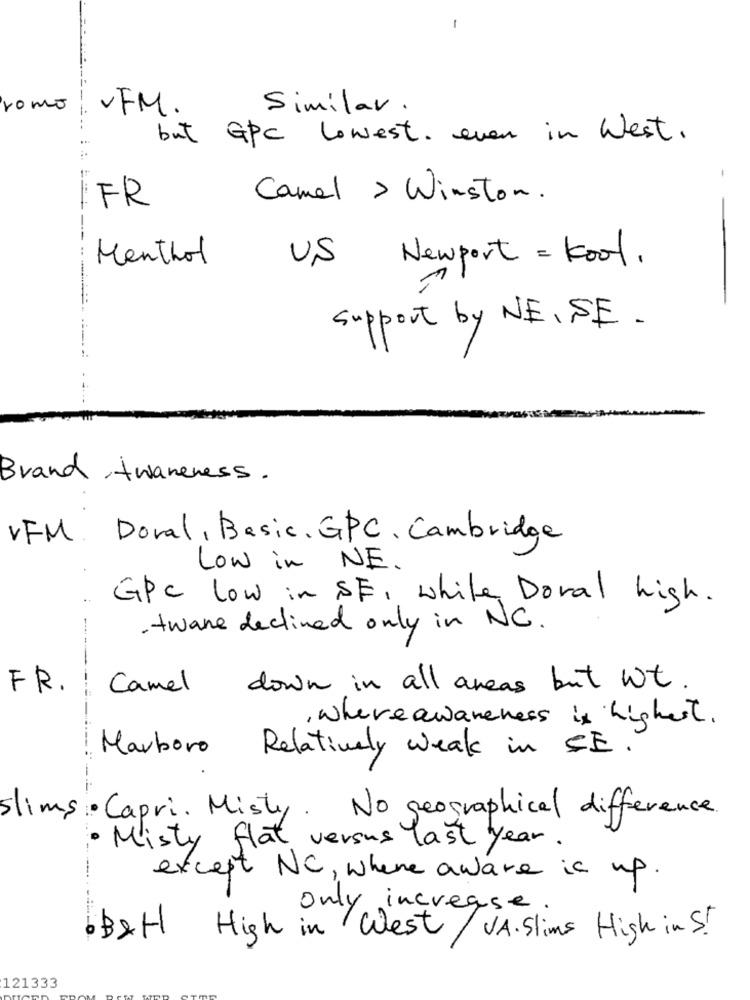
-
romo
-FM.
Similar.
but GPC Lowest. even in West.
-
FR
Camel > Winston.
Menthol
US Newport = Kool.
Support by NE, SE.
Brand Awareness .
VFM Doval, Basic. GPC, Cambridge
Low in NE.
GPC low in SE, while Doral high.
. tware declined only in NC.
FR. I Camel down in all areas but wt.
-
, where awareness is highest .
Marboro Relatively weak in SE.
slims Capri. Misty. No geographical difference.
Misty flat versus last year.
except NC, where aware is up.
Only increase .
B&H High in West / JA. Slims High in St
121333